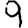
Digit: 9